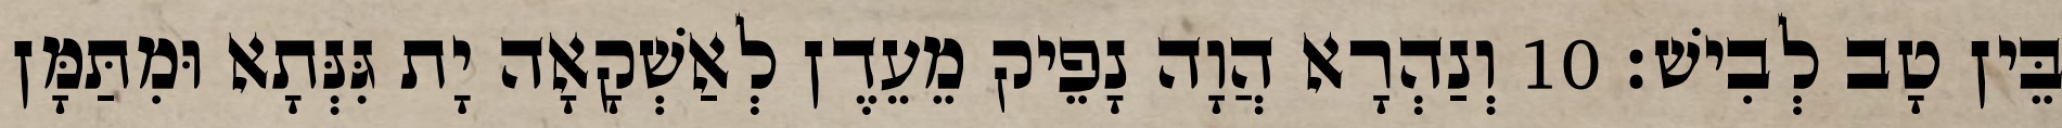
בֵּין טָב לְבִישׁ׃ 10 וְנַהְרָא הֲוָה נָפֵיק מֵעֵדֶן לְאַשְׁקָאָה יָת גִּנְּתָא וּמִתַּמָּן